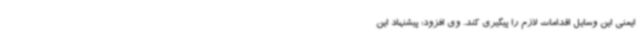
ایمنی این وسایل اقدامات لازم را پیگیری کند. وی افزود: پیشنهاد این